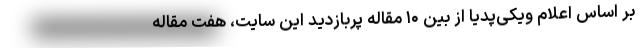
بر اساس اعلام ویکی‌پدیا از بین ۱۰ مقاله پربازدید این سایت، هفت مقاله